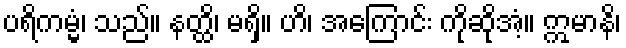
ပရိကမ္မံ၊ သည်။ နတ္ထိ၊ မရှိ။ ဟိ၊ အကြောင်း ကိုဆိုအံ့။ ဣမာနိ၊